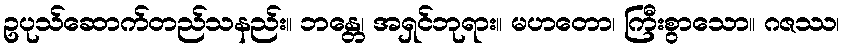
ဥပုသ်ဆောက်တည်သနည်း။ ဘန္တေ၊ အရှင်ဘုရား။ မဟတော၊ ကြီးစွာသော။ ဂဇဿ၊